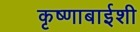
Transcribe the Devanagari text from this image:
कृष्णाबाईशी